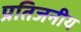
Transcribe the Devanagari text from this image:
प्रतिजनीय